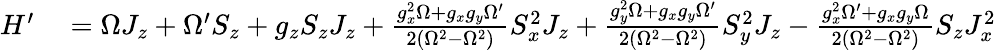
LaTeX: \begin{array}{rl}{H^{\prime}}&{{}=\Omega J_{z}+\Omega^{\prime}S_{z}+g_{z}S_{z}J_{z}+\frac{g_{x}^{2}\Omega+g_{x}g_{y}\Omega^{\prime}}{2(\Omega^{2}-\Omega^{2})}S_{x}^{2}J_{z}+\frac{g_{y}^{2}\Omega+g_{x}g_{y}\Omega^{\prime}}{2(\Omega^{2}-\Omega^{2})}S_{y}^{2}J_{z}-\frac{g_{x}^{2}\Omega^{\prime}+g_{x}g_{y}\Omega}{2(\Omega^{2}-\Omega^{2})}S_{z}J_{x}^{2}}\end{array}